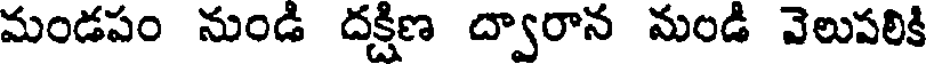
మండపం నుండి దక్షిణ ద్వారాన మండి వెలుపలికి